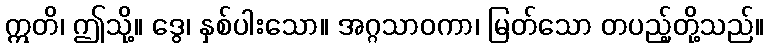
ဣတိ၊ ဤသို့။ ဒွေ၊ နှစ်ပါးသော။ အဂ္ဂသာဝကာ၊ မြတ်သော တပည့်တို့သည်။